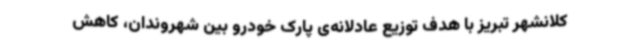
کلانشهر تبریز با هدف توزیع عادلانه‌ی پارک خودرو بین شهروندان، کاهش